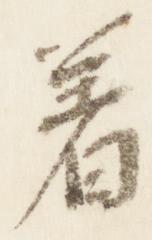
着